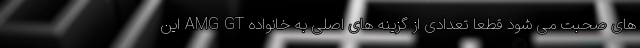
های صحبت می شود قطعا تعدادی از گزینه های اصلی به خانواده AMG GT این